Report on vaccination in Madras 1895-1903 - 1895-1903
Year: 1895
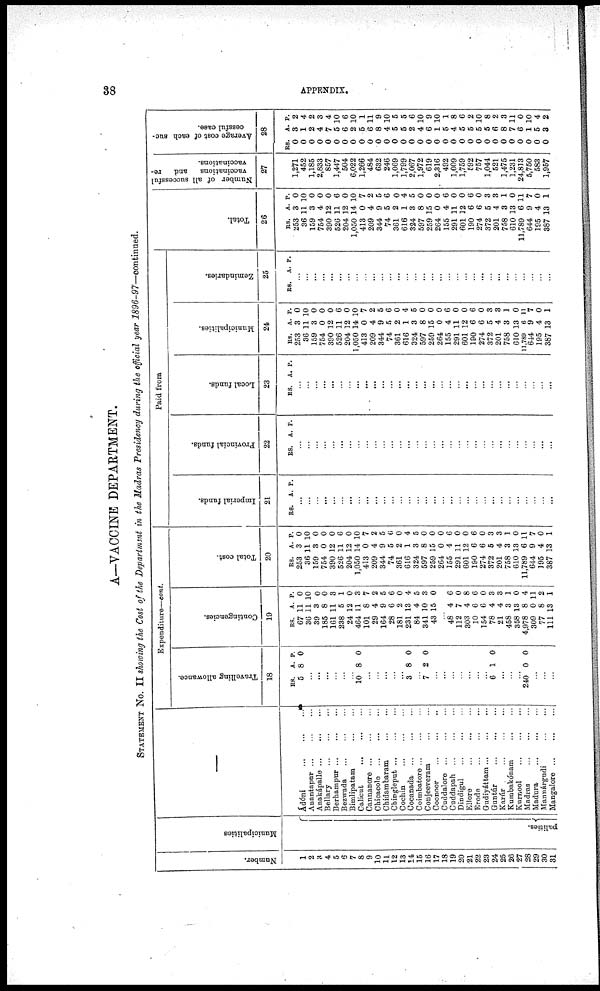
38
APPENDIX.
A—VACCINE DEPARTMENT.
STATEMENT No. II showing the Cost of the Department in the Madras Presidency during the official year 1896-97—continued.
Number.
1
2
3
4
5
8
7
8
9
10
11
12
13
14
15
16
17
18
19
20
21
22
23
24
25
26
27
28
29
30
31
Municipalities
palities.
Ádóni
...
...
...
Anantapur
...
...
...
Anakápalle ... ... ...
Bellary
...
...
...
Berhampur
...
...
...
Bezwada ... ... ...
Bimlipatam
...
...
Calicut
...
...
...
Cannanore ... ... ...
Chicacole
...
...
...
Chidambaram ... ...
Chingleput
...
...
...
Cochin
...
...
...
Cocanada
...
...
...
Coimbatore ... ...
Conjeeveram ... ...
Coonoor
...
...
...
Cuddalore
...
...
...
Cuddapah
...
...
...
Dindigul ... ... ...
Ellore
...
...
...
Erode
...
...
...
Gudiyáttam
...
...
...
Guntúr
...
...
...
Karúr
...
...
...
Kumbakónam ... ...
Kumool
...
...
...
Madras
...
...
...
Madura
...
...
...
Mannárgudi ...
Mangalore
...
...
...
Expenditure—cont.
Travelling allowance.
18
RS.
5
A.
8
P.
0
...
...
...
...
...
... 10 8 0
...
...
...
...
...
3
8 0
...
7
2 0
...
...
...
...
...
...
...
6
1 0
...
...
...
240 0 0
...
...
...
Contingencies.
19
RS.
67
36
39
185
161
238
24
464
101
29
164
28
181
231
84
341
43
A.
11
11
3
8
11
5
12
11
8
4
9
6
2
13
4
10
15
P.
0
10
0
0
3
1
0
3
7
2
5
6
0
4
5
3
0
...
48
112
303
10
154
78
21
458
358
4,978
309
77
111
4
7
4
6
6
4
4
3
13
8
0
8
13
6
0
8
6
0
3
3
1
0
4
11
2
1
Total cost.
20
RS.
253
36
159
754
390
526
204
1,050
413
209
344
74
361
616
324
597
259
264
155
291
601
190
274
372
201
758
610
11,789
644
195
387
A.
3
11
3
0
12
11
12
14
0
4
9
5
2
1
3
8
15
0
4
11
12
6
6
5
4
3
13
6
9
4
13
P.
0
10
0
0
0
6
0
10
7
2
5
6
0
4
5
0
0
0
6
0
0
6
0
3
3
1
0
11
7
0
1
Paid from
Imperial funds.
21
RS. A. P.
...
...
...
...
...
...
...
...
...
...
...
...
...
...
...
...
...
...
...
...
...
...
...
...
...
...
...
...
...
...
...
Provincial funds.
22
RS. A. P.
...
...
...
...
...
...
...
...
...
...
...
...
...
...
...
...
...
...
...
...
...
...
...
...
...
...
...
...
...
...
...
Local funds.
23
RS. A. P.
...
...
...
...
...
...
...
...
...
...
...
...
...
...
...
...
...
...
...
...
...
...
...
...
...
...
...
...
...
...
...
Municipalities.
24
RS.
253
36
159
754
390
526
204
1,050
413
209
344
74
361
616
324
597
259
264
155
291
601
190
274
372
201
758
610
11,789
644
195
387
A.
3
11
3
0
12
11
12
14
0
4
9
5
2
1
3
8
15
0
4
11
12
6
6
5
4
3
13
6
9
4
13
P.
0
10
0
0
0
6
0
10
7
2
5
6
0
4
5
0
0
0
6
0
0
6
0
3
3
1
0
11
7
0
1
Zemindaries.
25
RS.
A. P.
...
...
...
...
...
...
...
...
...
...
...
...
...
...
...
...
...
...
...
...
...
...
...
...
...
...
...
...
...
...
...
Total.
26
RS.
253
36
159
754
390
526
204
1,050
413
209
344
74
361
616
324
597
259
264
155
291
601
190
274
372
201
758
610
11,789
644
195
387
A.
3
11
3
4
12
11
12
14
0
4
9
5
2
1
3
8
15
0
4
11
12
6
6
5
4
3
13
6
9
4
13
P.
0
10
0
0
0
6
0
10
7
2
5
6
0
4
5
0
0
0
6
0
0
6
0
3
3
1
0
11
7
0
1
Number of all successful
vaccinations
and re¬
vaccinations.
27
1,271
452
1,185
2,833
857
1,447
504
6,022
1,266
484
632
246
1,069
1,799
2,067
1,972
619
2,316
492
1,009
1,759
592
757
1,044
521
1,475
1,231
24,813
5,750
583
1,957
Average cost of each suc-
cessful case.
28
RS.
0
0
0
0
0
0
0
0
0
0
0
0
0
0
0
0
0
0
0
0
0
0
0
0
0
0
0
0
0
0
0
A.
3
1
2
4
7
5
6
2
5
6
8
4
5
5
2
4
6
1
5
4
5
5
5
5
6
8
7
6
1
5
3
P.
2
4
2
3
4
10
6
10
1
11
9
10
5
5
6
10
9
10
1
8
6
2
10
8
2
3
11
0
10
4
2